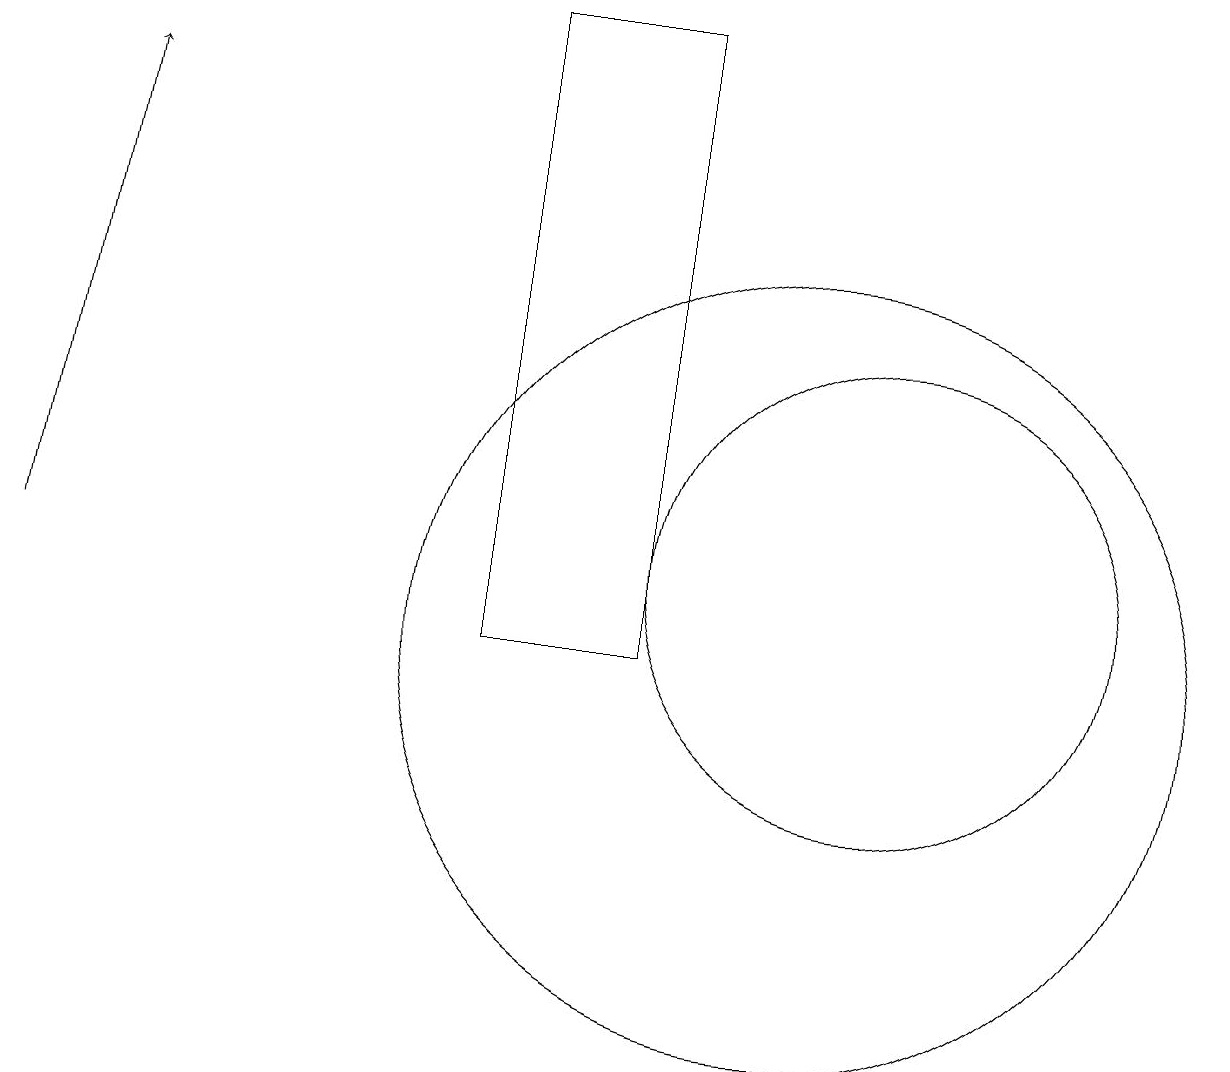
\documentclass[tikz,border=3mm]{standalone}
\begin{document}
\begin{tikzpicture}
\draw[->] (0,12) -- (1,18);
\draw (10,11) circle (5);
\draw (11,12) circle (3);
\draw (6,19) rectangle (8,11);
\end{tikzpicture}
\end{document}